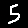
Digit: 5